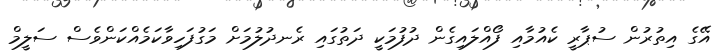
އޭގެ އިތުރުން ސުޕާރީ ކެއުމާއި ފޯއްލައިގެން ދުފުމަކީ ދަތުގައި ރެނދުލުމަށް މަގުފަހިވާކަމެއްކަންވެސް ސަލީމް